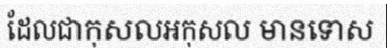
ដែលជាកុសលអកុសល មានទោស